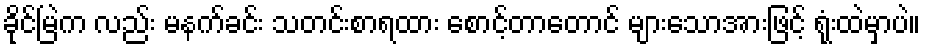
ခိုင်မြဲက လည်း မနက်ခင်း သတင်းစာရထား စောင့်တာတောင် များသောအားဖြင့် ရုံးထဲမှာပဲ။